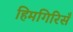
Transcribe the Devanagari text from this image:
हिमगिरिसँ